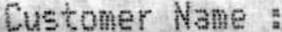
CUSTOMER NAME :